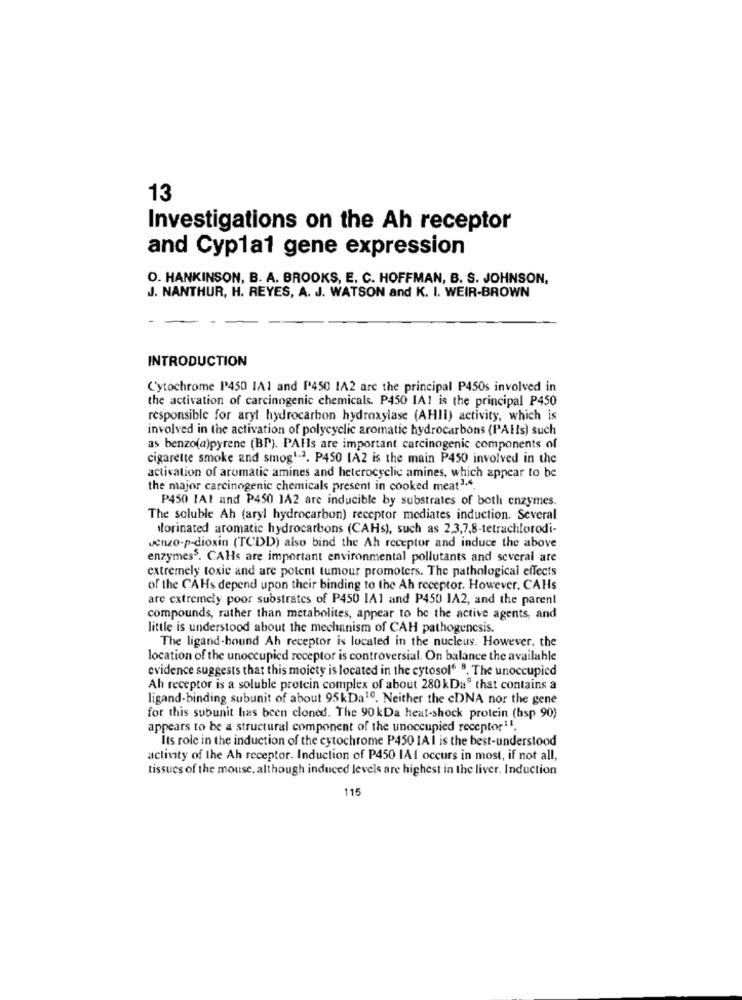
13
Investigations on the Ah receptor
and Cyp1a1 gene expression
O. HANKINSON, B. A. BROOKS, E. C. HOFFMAN, B. S. JOHNSON,
J. NANTHUR, H. REYES, A. J. WATSON and K. I. WEIR-BROWN
INTRODUCTION
Cytochrome P450 IA1 and P450 1A2 are the principal P450s involved in
the activation of carcinogenic chemicals. P450 IA1 is the principal P450
responsible for aryt hydrocarbon hydroxylase (AHII) activity, which is
involved in the activation of polycyclic aromatic hydrocarbons (PAIls) such
as benzo(a)pyrene (BP). PAHls are important carcinogenic components of
cigarette smoke and smog1.2. P450 1A2 is the main P450 involved in the
activation of aromatic amines and heterocyclic amines, which appear to be
the major carcinogenic chemicals present in cooked meat1.4.
P450 IAI and P450 1A2 are inducible by substrates of both enzymes.
The soluble Ah (aryl hydrocarbon) receptor mediates induction. Several
forinated aromatic hydrocarbons (CAHs), such as 2,3,7,8-tetrachlorodi-
Jenzo-p-dioxin (TCDD) also bind the Ah receptor and induce the above
enzymes3. CAHs are important environmental pollutants and several are
extremely toxic and are potent tumour promoters. The pathological effects
of the CAHs depend upon their binding to the Ah receptor. However, CAHs
are extremely poor substrates of P450 IA1 and P450 1A2, and the parent
compounds, rather than metabolites, appear to be the active agents, and
little is understood about the mechanism of CAH pathogenesis.
The ligand-bound Ah receptor is located in the nucleus. However, the
location of the unoccupied receptor is controversial. On balance the available
evidence suggests that this moiety is located in the cytosol" ". The unoccupied
Ah receptor is a soluble protein complex of about 280 kDa" that contains a
ligand-binding subunit of about 95kDa10. Neither the cDNA nor the gene
for this subunit has been cloned. The 90kDa heut-shock protein (hsp 90)
appears to be a structural component of the unoccupied receptor11.
Its role in the induction of the cytochrome P450 IA I is the best-understood
activity of the Ah receptor. Induction of P450 IAI occurs in most, if not all,
tissues of the mouse, although induced levels are highest in the liver. Induction
115